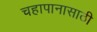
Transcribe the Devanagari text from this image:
चहापानासाठी